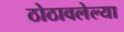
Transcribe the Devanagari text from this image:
ठोठावलेल्या